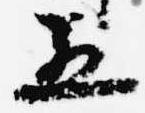
五